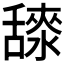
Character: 𦧳